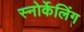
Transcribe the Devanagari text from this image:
स्नोर्केलिंग